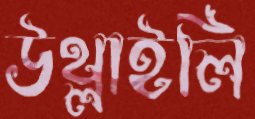
উথ্‌লাইলি